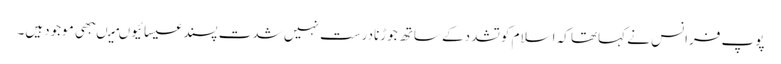
پوپ فرانس نے کہاتھا کہ اسلام کوتشددکے ساتھ جوڑنادرست نہیں شدت پسندعیسائیوںمیںبھی موجودہیں۔